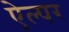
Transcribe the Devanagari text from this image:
ऐल्पर